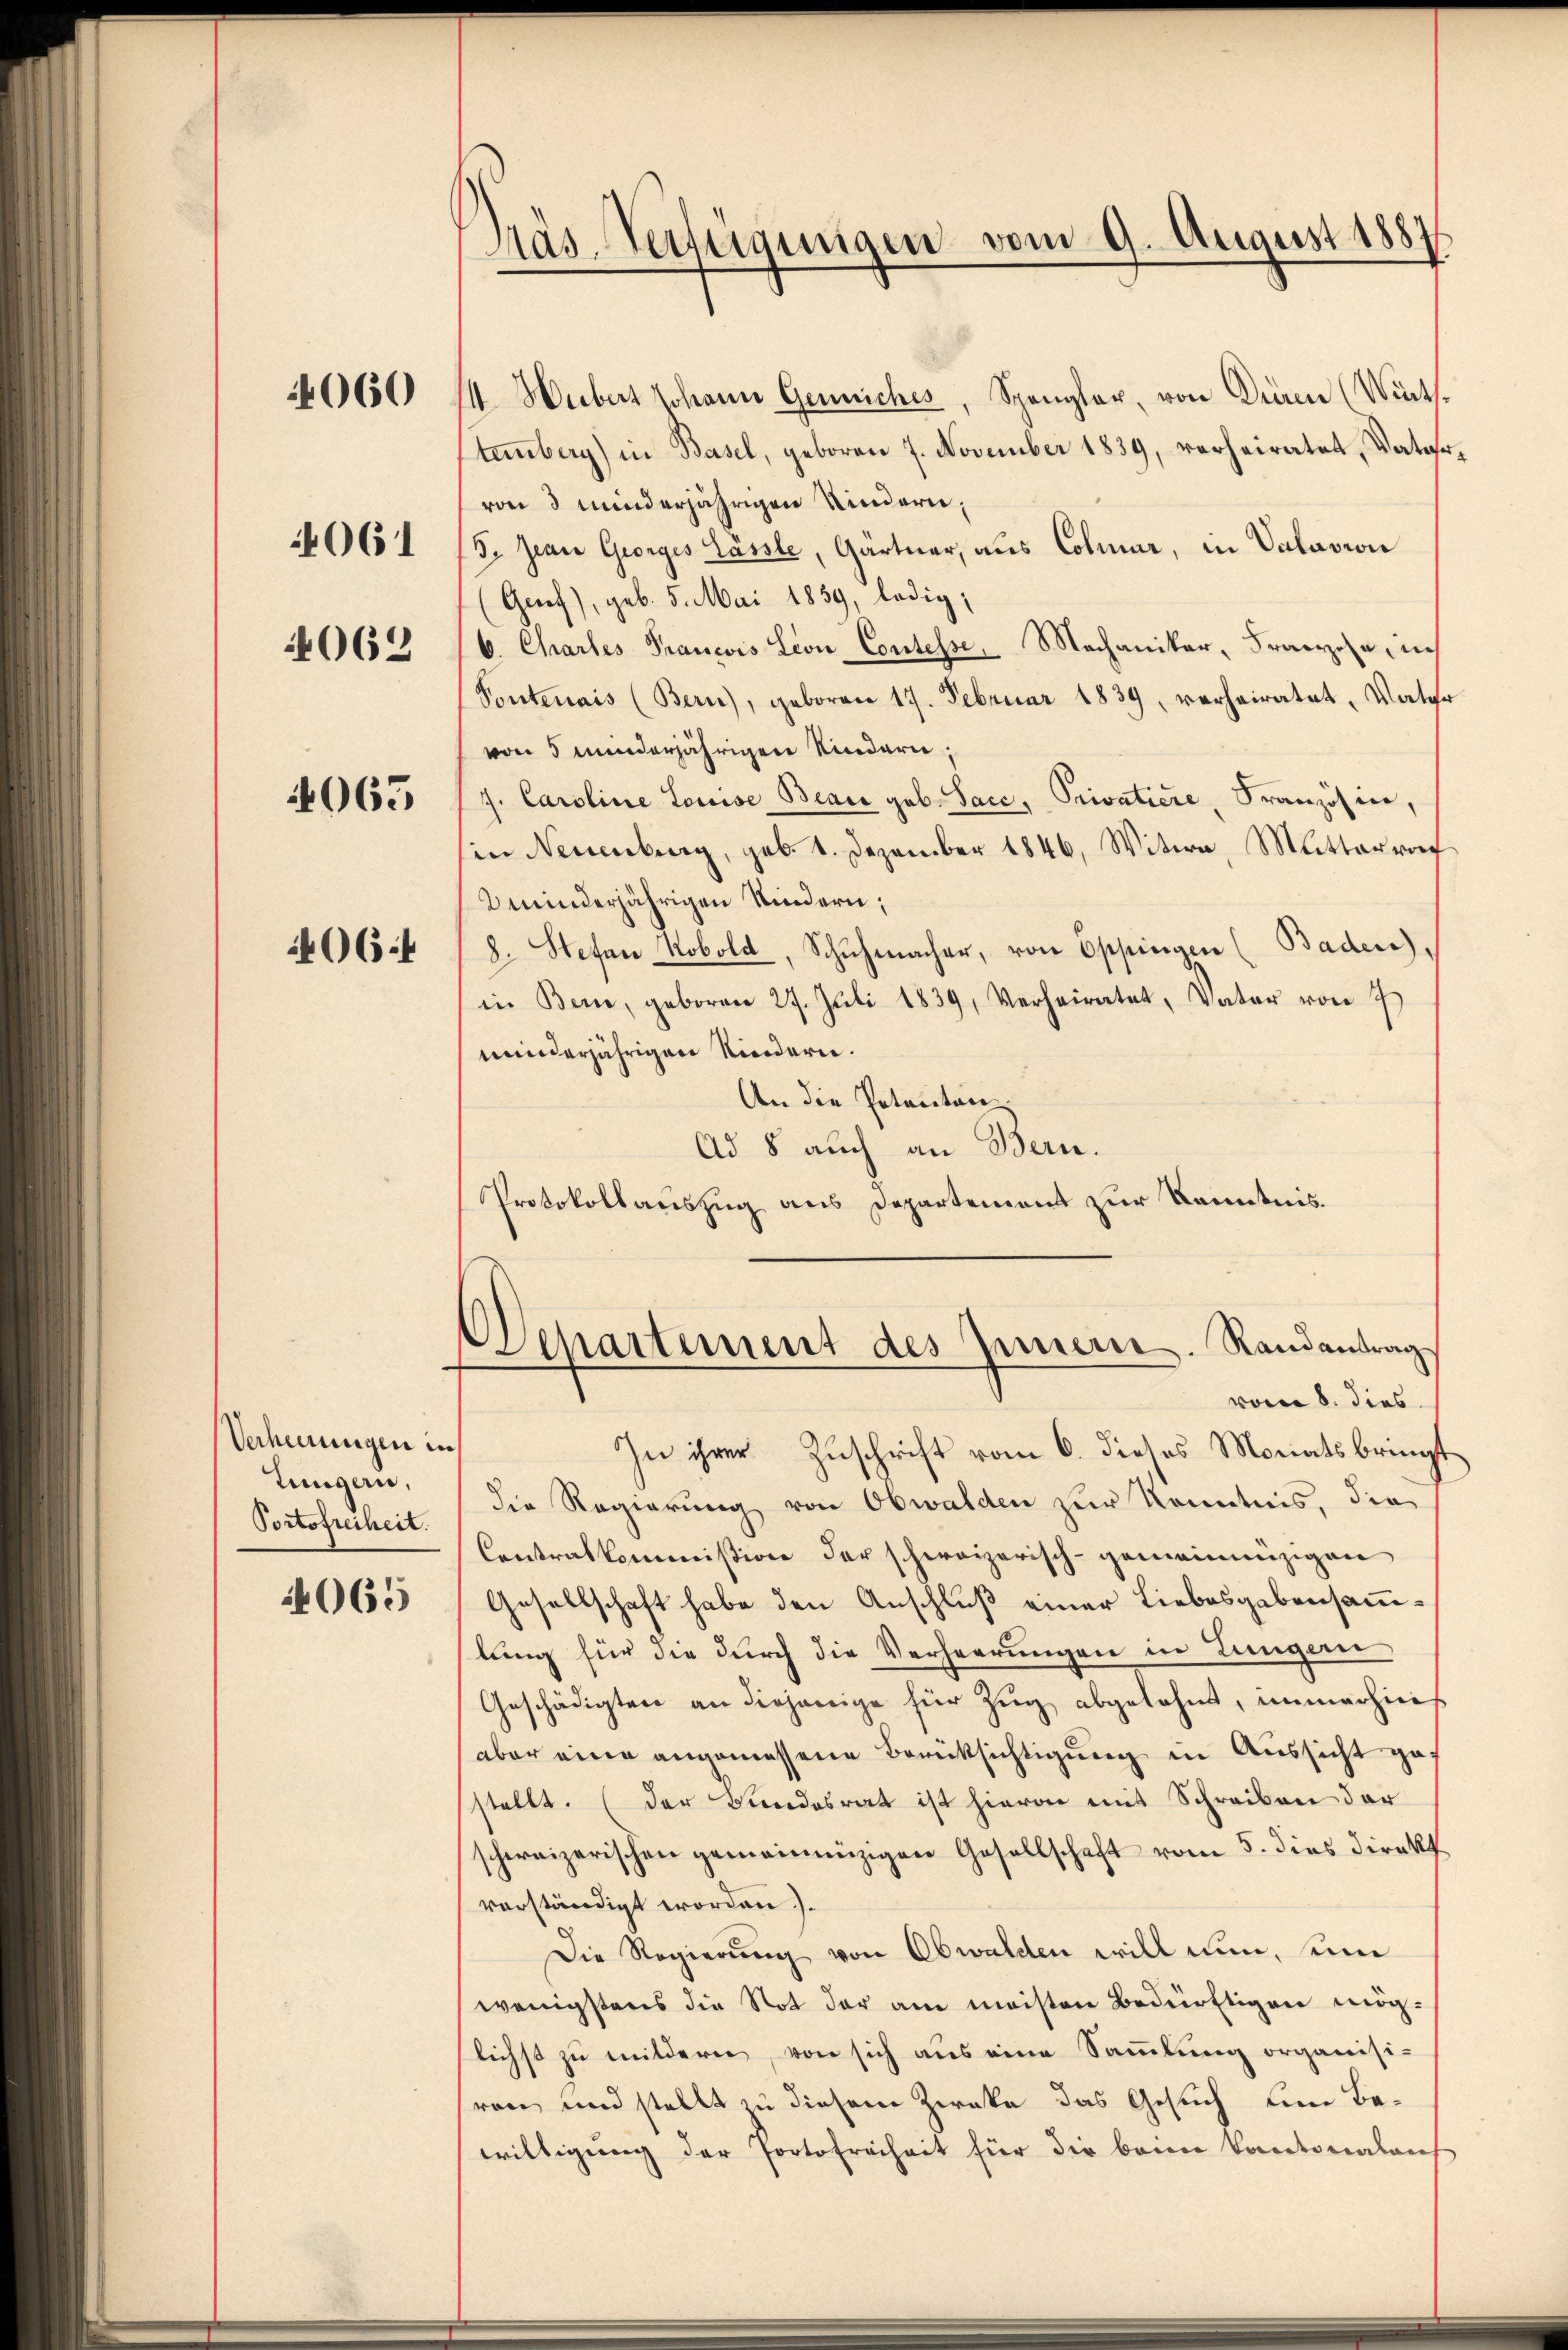
4061
4062

4060

4065

406.

Verheerungen in
tungern,
Portofreiheit.

065

Präs. Verfügungen vom 9. August 1881

1. Hubert Johann Geneiches, Spangler, von Die (Wirthtemberg) in Basel, geboren 7. November 1839, verheiratet, Vatervon 3 minderjährigen Kindern,
5. Jean Georges Lässte, Gartner, aus Colmar, in Valavion
(Grref), geb. 5. Mai 1859, ledig,
6. Chartes Prancois Lion Contesse, Machaniker, Franzose, in
Pontenais (Bern), geboren 17. Februar 1839, verheiratet, Vater
von 5 minderjährigen Kindern,
J. Caroline Louise Beau geb. Sacc, Privatiere Französine,
in Neuenburg, geb. 1. Dezember 1846, Witwe, Mittervor
2 minderjährigen Kindern;
8. Stefan Kobold, Schŭhmacher, von Oppingen (Baden),
in Bern, geboren 27. Juli 1839, Verheiratet, Vater von 7
miinderjährigen Kindern.
An die Petenten
Ad 8 auch an Bern.
Protokollauszug aus Departement zur Kenntnis.

Departement des Innern. Randantrag
vom 8. dies

In ihrer Zuschrift vom 6. dieses Monats bringt
die Regierung von Obwalden zur Kenntnis, die
Contralkommission der schweizerisch-gemeinnüzigen
Gesellschaft habe den Anschluß einer Liebesgabensammlung für die durch die Verheerungen in Lungen
Geschädigten an diejenige für Zŭg abgelehnt, immerhinis
aber eine angemessene Berücksichtigung in Aussicht gestellt. (der Bundesrat ist hievon mit Schreiben der
schweizerischen gemeinnüzigen Gesellschaft vom 5. dies Direkt
verständigt worden.).
Die Regierung von Obwalden will nun, um
wenigstens die Not der am meisten Bedürftigen mög-
flichst zu mildern, von sich aus eine Sammlung organisiren und stellt zu diesem Zieke das Gesuch um Bewilligung der Portofreiheit für die beim Kantonalant